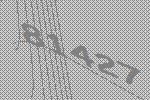
81427